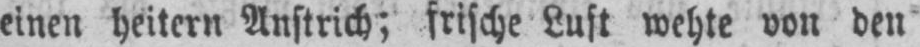
einen heitern Anstrich; frische Lust wehte von den